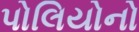
પોલિયોનો